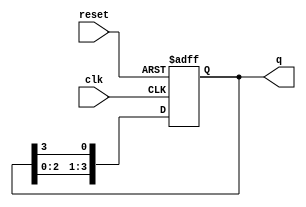
module ring_counter (
    input wire clk,          // Clock input
    input wire reset,        // Asynchronous reset input
    output reg [n-1:0] q     // Output state of the ring counter
);
    parameter n = 4;         // Number of bits in the ring counter

    // Initial state
    initial begin
        q = 1'b1;            // Initialize the counter to 0001
    end

    always @(posedge clk or posedge reset) begin
        if (reset) begin
            q <= 1'b1;       // Reset the counter to 0001
        end else begin
            // Shift the '1' to the left, wrapping around
            q <= {q[n-2:0], q[n-1]};
        end
    end
endmodule